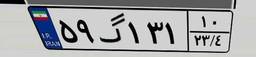
۰۵گ۶۸۴۰۴